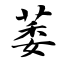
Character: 萎